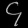
Digit: ၄